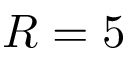
R = 5